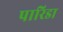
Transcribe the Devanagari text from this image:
पारिडा